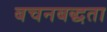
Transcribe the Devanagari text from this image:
बचनबद्धता